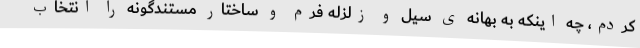
کردم، چه اینکه به بهانه ی سیل و زلزله فرم و ساختار مستندگونه را انتخاب